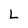
Character: L